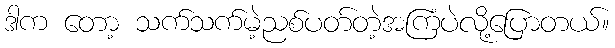
ဒါက တော့ သက်သက်မဲ့ညစ်ပတ်တဲ့အကြံပဲလို့ပြောတယ်။